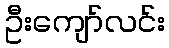
ဦးကျော်လင်း